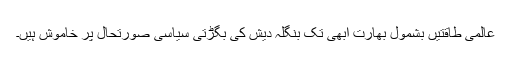
عالمی طاقتیں بشمول بھارت ابھی تک بنگلہ دیش کی بگڑتی سیاسی صورتحال پر خاموش ہیں۔